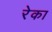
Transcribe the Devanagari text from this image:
रेका